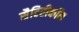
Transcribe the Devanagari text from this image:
सैटिरीकॉन